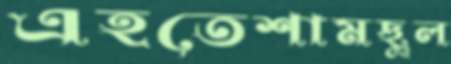
এহতেশামছুল